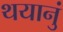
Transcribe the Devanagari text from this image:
थयानुं